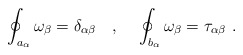
\begin{align*}\oint_{a_{\alpha}} \omega_{\beta} = \delta_{\alpha \beta} ~~~ , ~~~ \oint_{b_{\alpha}} \omega_{\beta} = \tau_{\alpha \beta} ~ .\end{align*}